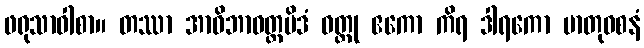
ဖရုသာဝါစာ။ တဿာ အာဝိဘာဝတ္ထမိဒံ ဝတ္ထု ဧကော ကိရ ဒါရကော မာတုဝစနံ